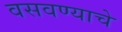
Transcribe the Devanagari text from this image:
वसवण्याचे